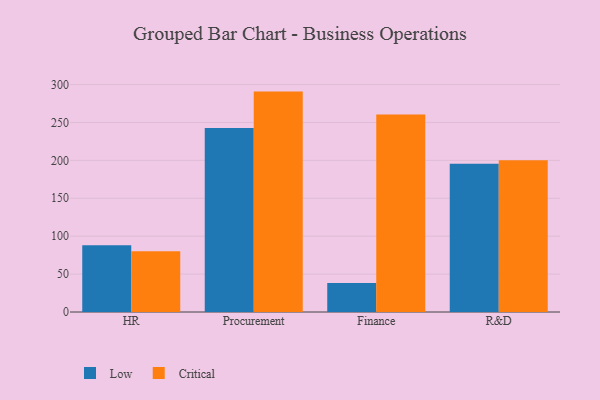
{"axis": {"x": "Department", "y": "Budget (USD K)"}, "legend": ["Critical", "Low"], "data": [{"x": "HR", "y": 88.1, "type": "Low"}, {"x": "HR", "y": 80.2, "type": "Critical"}, {"x": "Procurement", "y": 242.7, "type": "Low"}, {"x": "Procurement", "y": 290.7, "type": "Critical"}, {"x": "Finance", "y": 38.2, "type": "Low"}, {"x": "Finance", "y": 260.6, "type": "Critical"}, {"x": "R&D", "y": 195.4, "type": "Low"}, {"x": "R&D", "y": 200.2, "type": "Critical"}]}